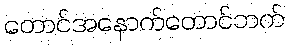
တောင်အနောက်တောင်ဘက်